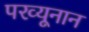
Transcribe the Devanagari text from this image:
परव्यूनान